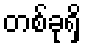
တစ်ခုရှိ